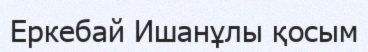
Еркебай Ишанұлы қосым